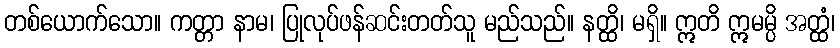
တစ်ယောက်သော။ ကတ္တာ နာမ၊ ပြုလုပ်ဖန်ဆင်းတတ်သူ မည်သည်။ နတ္ထိ၊ မရှိ။ ဣတိ ဣမမ္ပိ အတ္ထံ၊